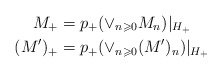
\begin{align*}M_{+} & =p_{+}(\vee_{n\geqslant0}M_{n})|_{H_{+}}\\(M^{\prime})_{+} & =p_{+}(\vee_{n\geqslant0}(M^{\prime})_{n})|_{H_{+}}\end{align*}